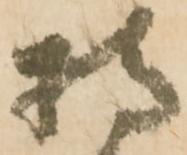
持